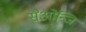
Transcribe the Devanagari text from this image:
सैओन्जि